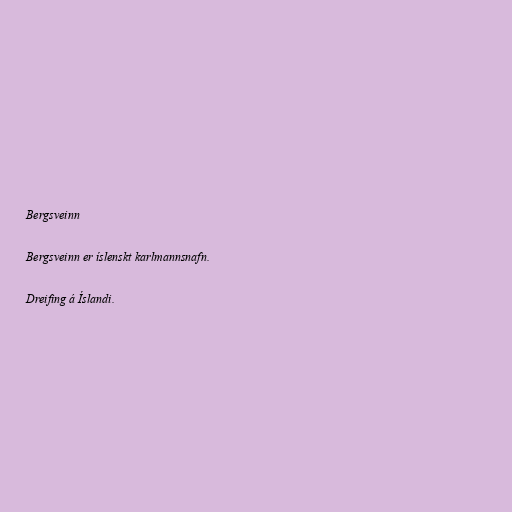
Bergsveinn

Bergsveinn er íslenskt karlmannsnafn.

Dreifing á Íslandi.